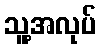
သူ့အလုပ်